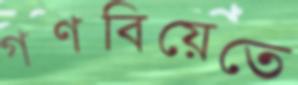
গণবিয়েতে